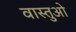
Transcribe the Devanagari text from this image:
वास्तुओ